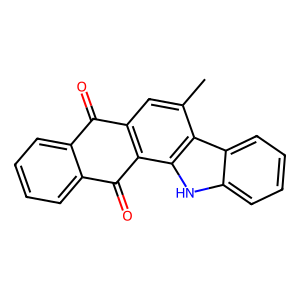
SMILES: Cc1cc2c(c3[nH]c4ccccc4c13)C(=O)c1ccccc1C2=O
Inhibits HIV replication: No